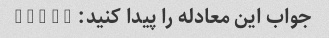
جواب این معادله را پیدا کنید: x + 5 = 8